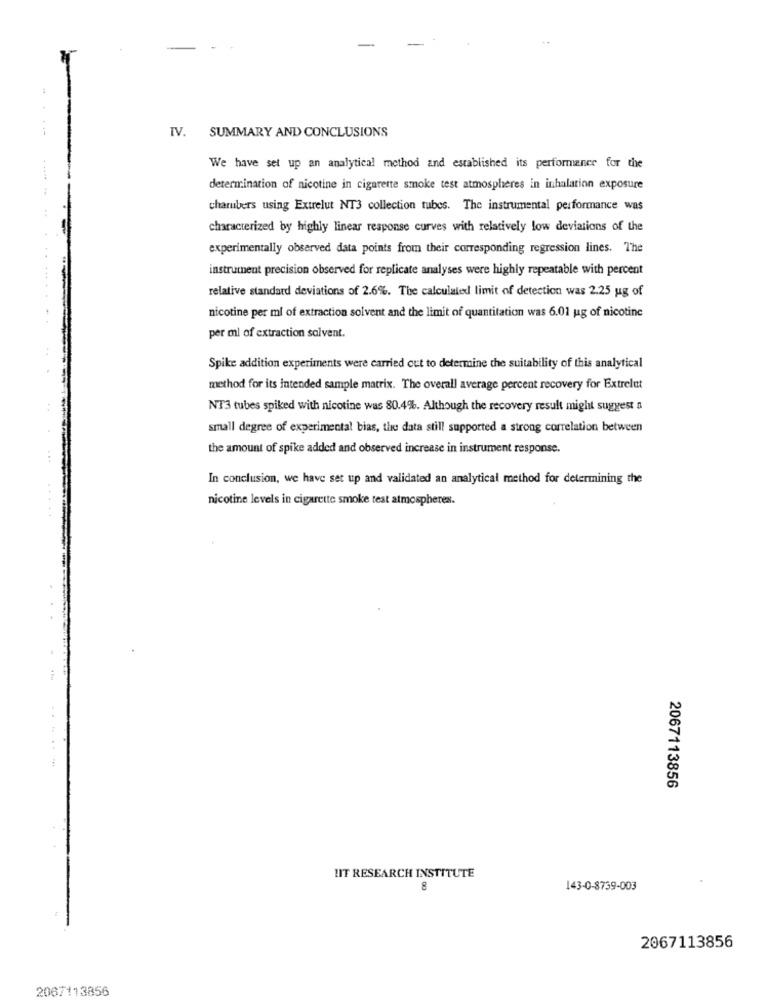
IV. SUMMARY AND CONCLUSIONS
We have set up an analytical method and established its performance for the
determination of nicotine in cigarette smoke test atmospheres in inhalation exposure
chambers using Extrelut NT3 collection tubes. The instrumental performance was
characterized by highly linear response curves with relatively low deviations of the
experimentally observed data points from their corresponding regression lines. The
instrument precision observed for replicate analyses were highly repeatable with percent
relative standard deviations of 2.6%. The calculated limit of detection was 2.25 ug of
nicotine per ml of extraction solvent and the limit of quantitation was 6.01 ug of nicotine
per ml of extraction solvent.
Spike addition experiments were carried out to determine the suitability of this analytical
method for its intended sample matrix. The overall average percent recovery for Extrelut
NT3 tubes spiked with nicotine was 80.4%. Although the recovery result might suggest a
small degree of experimental bias, the data still supported a strong correlation between
the amount of spike added and observed increase in instrument response.
In conclusion, we have set up and validated an analytical method for determining the
nicotine levels in cigarette smoke test atmospheres.
2067113856
HIT RESEARCH INSTITUTE
8
143-0-8739-003
2067113856
2067113856